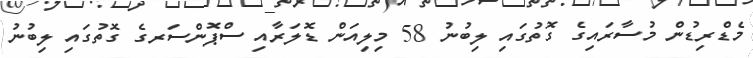
މެޑްރިޑުން މުސާރައިގެ ގޮތުގައި ލިބުނު 58 މިލިއަން ޑޮލަރާއި ސްޕޮންސަރގެ ގޮތުގައި ލިބުނު